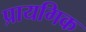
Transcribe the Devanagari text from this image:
प्रायगिक